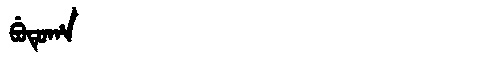
Manchu: ᠪᡠᡨᡠᡥᠠ
Romanization: BUTUHA